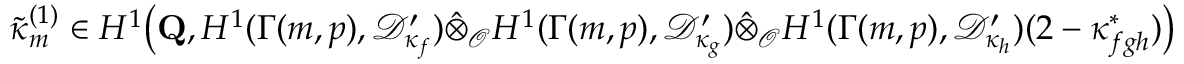
\widetilde { \boldsymbol { \kappa } } _ { m } ^ { ( 1 ) } \in H ^ { 1 } \bigl ( \mathbf { Q } , H ^ { 1 } ( \Gamma ( m , p ) , \mathcal { D } _ { \kappa _ { f } } ^ { \prime } ) \hat { \otimes } _ { \mathcal O } H ^ { 1 } ( \Gamma ( m , p ) , \mathcal { D } _ { \kappa _ { g } } ^ { \prime } ) \hat { \otimes } _ { \mathcal O } H ^ { 1 } ( \Gamma ( m , p ) , \mathcal { D } _ { \kappa _ { h } } ^ { \prime } ) ( 2 - \kappa _ { { \boldsymbol { f } } { \boldsymbol { g } } { \boldsymbol { h } } } ^ { * } ) \bigr )